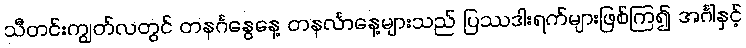
သီတင်းကျွတ်လတွင် တနင်္ဂနွေနေ့ တနင်္လာနေ့များသည် ပြဿဒါးရက်များဖြစ်ကြ၍ အင်္ဂါနှင့်